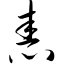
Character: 舂